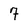
Character: 7